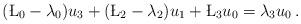
LaTeX: \begin{align*} (\L_0 -\lambda_0) u_3 + (\L_2-\lambda_2) u_1+ \L_3 u_0 = \lambda_3 u_0\,.\end{align*}